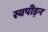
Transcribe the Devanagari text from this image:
स्वपीड़न